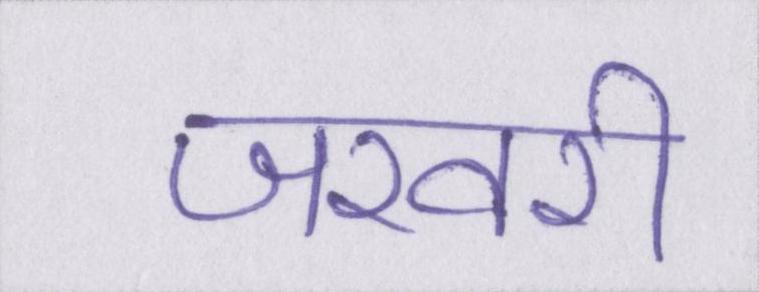
जरवरी